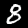
Label: 8